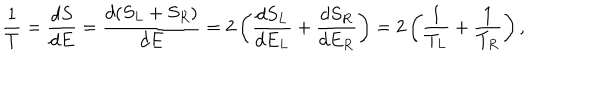
{ \frac { 1 } { T } } = { \frac { d S } { d E } } = { \frac { d ( S _ { L } + S _ { R } ) } { d E } } = 2 \left( { \frac { d S _ { L } } { d E _ { L } } } + { \frac { d S _ { R } } { d E _ { R } } } \right) = 2 \left( { \frac { 1 } { T _ { L } } } + { \frac { 1 } { T _ { R } } } \right) ,